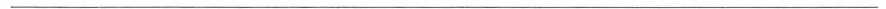
___